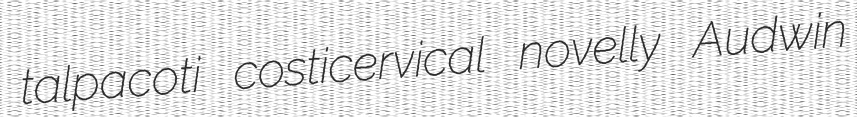
talpacoti costicervical novelly Audwin